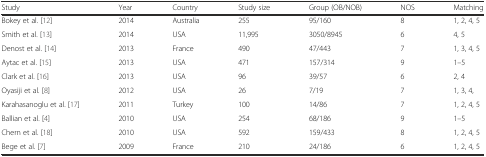
<table><thead><tr><td><b>Study</b></td><td><b>Year</b></td><td><b>Country</b></td><td><b>Study size</b></td><td><b>Group (OB/NOB)</b></td><td><b>NOS</b></td><td><b>Matching</b></td></tr></thead><tbody><tr><td>Bokey et al. [12]</td><td>2014</td><td>Australia</td><td>255</td><td>95/160</td><td>8</td><td>1, 2, 4, 5</td></tr><tr><td>Smith et al. [13]</td><td>2014</td><td>USA</td><td>11,995</td><td>3050/8945</td><td>6</td><td>4, 5</td></tr><tr><td>Denost et al. [14]</td><td>2013</td><td>France</td><td>490</td><td>47/443</td><td>7</td><td>1, 3, 4, 5</td></tr><tr><td>Aytac et al. [15]</td><td>2013</td><td>USA</td><td>471</td><td>157/314</td><td>9</td><td>1–5</td></tr><tr><td>Clark et al. [16]</td><td>2013</td><td>USA</td><td>96</td><td>39/57</td><td>6</td><td>2, 4</td></tr><tr><td>Oyasiji et al. [8]</td><td>2012</td><td>USA</td><td>26</td><td>7/19</td><td>7</td><td>1, 3, 4,</td></tr><tr><td>Karahasanoglu et al. [17]</td><td>2011</td><td>Turkey</td><td>100</td><td>14/86</td><td>7</td><td>1, 2, 4, 5</td></tr><tr><td>Ballian et al. [4]</td><td>2010</td><td>USA</td><td>254</td><td>68/186</td><td>9</td><td>1–5</td></tr><tr><td>Chern et al. [18]</td><td>2010</td><td>USA</td><td>592</td><td>159/433</td><td>8</td><td>1, 2, 4, 5</td></tr><tr><td>Bege et al. [7]</td><td>2009</td><td>France</td><td>210</td><td>24/186</td><td>6</td><td>1, 2, 4, 5</td></tr></tbody></table>